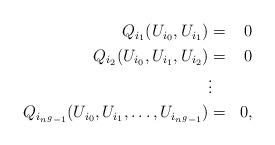
LaTeX: \begin{align*} \begin{aligned} Q_{i_1}(U_{i_0}, U_{i_1})&=&0\\ Q_{i_2}(U_{i_0},U_{i_1},U_{i_2})&=&0\\ &\vdots&\\ Q_{i_{n^g-1}}(U_{i_0}, U_{i_1}, \ldots, U_{i_{n^g-1}}) &=& 0, \end{aligned}\end{align*}